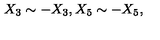
X _ { 3 } \sim - X _ { 3 } , X _ { 5 } \sim - X _ { 5 } ,